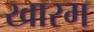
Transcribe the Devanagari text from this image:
खारम